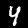
Label: 4